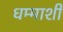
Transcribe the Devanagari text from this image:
धम्माशी